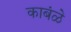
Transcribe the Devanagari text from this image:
काबंळे